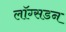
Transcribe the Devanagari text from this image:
लॉग्सडन